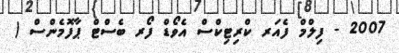
2007 - ފިލްމް ފެއަރ ކްރިޓިކްސް އެވޯޑް ފޯރ ބެސްޓް ޕާފޮމެންސް (